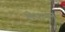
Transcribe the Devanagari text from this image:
लेपानेन